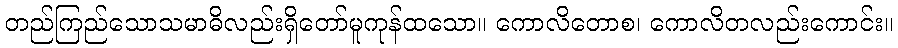
တည်ကြည်သောသမာဓိလည်းရှိတော်မူကုန်ထသော။ ကောလိတောစ၊ ကောလိတလည်းကောင်း။